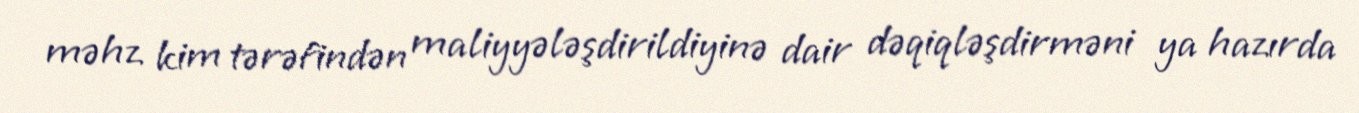
məhz kim tərəfindən maliyyələşdirildiyinə dair dəqiqləşdirməni ya hazırda